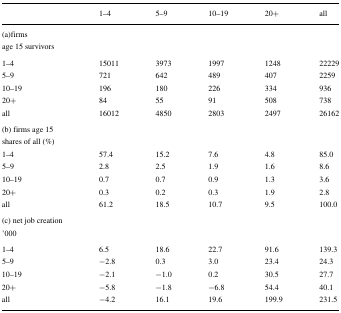
<table><thead><tr><td></td><td><b>1–4</b></td><td><b>5–9</b></td><td><b>10–19</b></td><td><b>20+</b></td><td><b>all</b></td></tr></thead><tbody><tr><td>(a)firms</td><td></td><td></td><td></td><td></td><td></td></tr><tr><td>age 15 survivors</td><td></td><td></td><td></td><td></td><td></td></tr><tr><td>1-4</td><td>15011</td><td>3973</td><td>1997</td><td>1248</td><td>22229</td></tr><tr><td>5-9</td><td>721</td><td>642</td><td>489</td><td>407</td><td>2259</td></tr><tr><td>10-19</td><td>196</td><td>180</td><td>226</td><td>334</td><td>936</td></tr><tr><td>20+</td><td>84</td><td>55</td><td>91</td><td>508</td><td>738</td></tr><tr><td>all</td><td>16012</td><td>4850</td><td>2803</td><td>2497</td><td>26162</td></tr><tr><td>(b) firms age 15</td><td></td><td></td><td></td><td></td><td></td></tr><tr><td>shares of all (%)</td><td></td><td></td><td></td><td></td><td></td></tr><tr><td>1-4</td><td>57.4</td><td>15.2</td><td>7.6</td><td>4.8</td><td>85.0</td></tr><tr><td>5-9</td><td>2.8</td><td>2.5</td><td>1.9</td><td>1.6</td><td>8.6</td></tr><tr><td>10-19</td><td>0.7</td><td>0.7</td><td>0.9</td><td>1.3</td><td>3.6</td></tr><tr><td>20+</td><td>0.3</td><td>0.2</td><td>0.3</td><td>1.9</td><td>2.8</td></tr><tr><td>all</td><td>61.2</td><td>18.5</td><td>10.7</td><td>9.5</td><td>100.0</td></tr><tr><td>(c) net job creation</td><td></td><td></td><td></td><td></td><td></td></tr><tr><td>’000</td><td></td><td></td><td></td><td></td><td></td></tr><tr><td>1-4</td><td>6.5</td><td>18.6</td><td>22.7</td><td>91.6</td><td>139.3</td></tr><tr><td>5-9</td><td>-2.8</td><td>0.3</td><td>3.0</td><td>23.4</td><td>24.3</td></tr><tr><td>10-19</td><td>-2.1</td><td>-1.0</td><td>0.2</td><td>30.5</td><td>27.7</td></tr><tr><td>20+</td><td>-5.8</td><td>-1.8</td><td>-6.8</td><td>54.4</td><td>40.1</td></tr><tr><td>all</td><td>-4.2</td><td>16.1</td><td>19.6</td><td>199.9</td><td>231.5</td></tr></tbody></table>